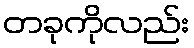
တခုကိုလည်း